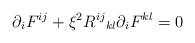
LaTeX: \begin{align*}{\partial}_{i}F^{ij}+{\xi}^{2}{R^{ij}}_{kl}{\partial}_{i}F^{kl}=0\end{align*}